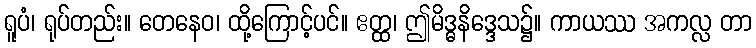
ရူပံ၊ ရုပ်တည်း။ တေနေဝ၊ ထို့ကြောင့်ပင်။ ဧတ္ထ၊ ဤမိဒ္ဓနိဒ္ဒေသ၌။ ကာယဿ အကလ္လ တာ